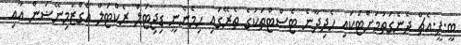
ބީ.ޕީ.އެޗް ދެނެގަތުމަށްޓަކައި ހެދިދާނެ ޓެސްޓްތަކުގެ ތެރޭގައި ހިމެނެނީ ޑިޖިޓަލް ރެކްޓަލް އެގްޒަމިނޭޟަން އާއި